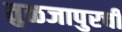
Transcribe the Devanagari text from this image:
तुळजापुरची